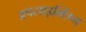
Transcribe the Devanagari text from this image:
अपसाइक्लिंग